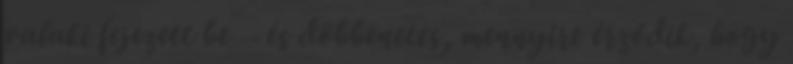
valaki fejezett be – és döbbenetes, mennyire érződik, hogy